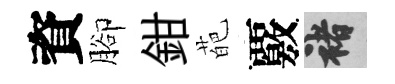
資腳鉗葩覈褚